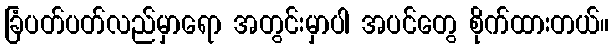
ခြံပတ်ပတ်လည်မှာရော အတွင်းမှာပါ အပင်တွေ စိုက်ထားတယ်။